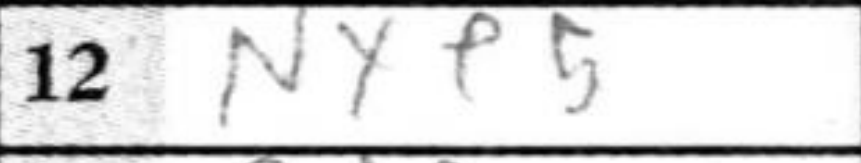
Transcription: Nxe5